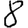
Digit: 8